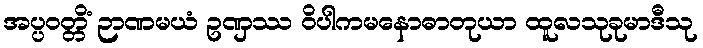
အပ္ပဝတ္တိံ ဉာဏမယံ ဥဏှဿ ဝိပါကမနောဓာတုယာ ထူလသုခုမာဒီသု